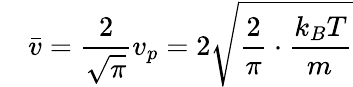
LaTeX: \quad{\bar{v}}={\frac{2}{\sqrt{\pi}}}v_{p}=2{\sqrt{{\frac{2}{\pi}}\cdot{\frac{k_{B}T}{m_{}}}}}